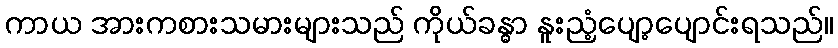
ကာယ အားကစားသမားများသည် ကိုယ်ခန္ဓာ နူးညံ့ပျော့ပျောင်းရသည်။